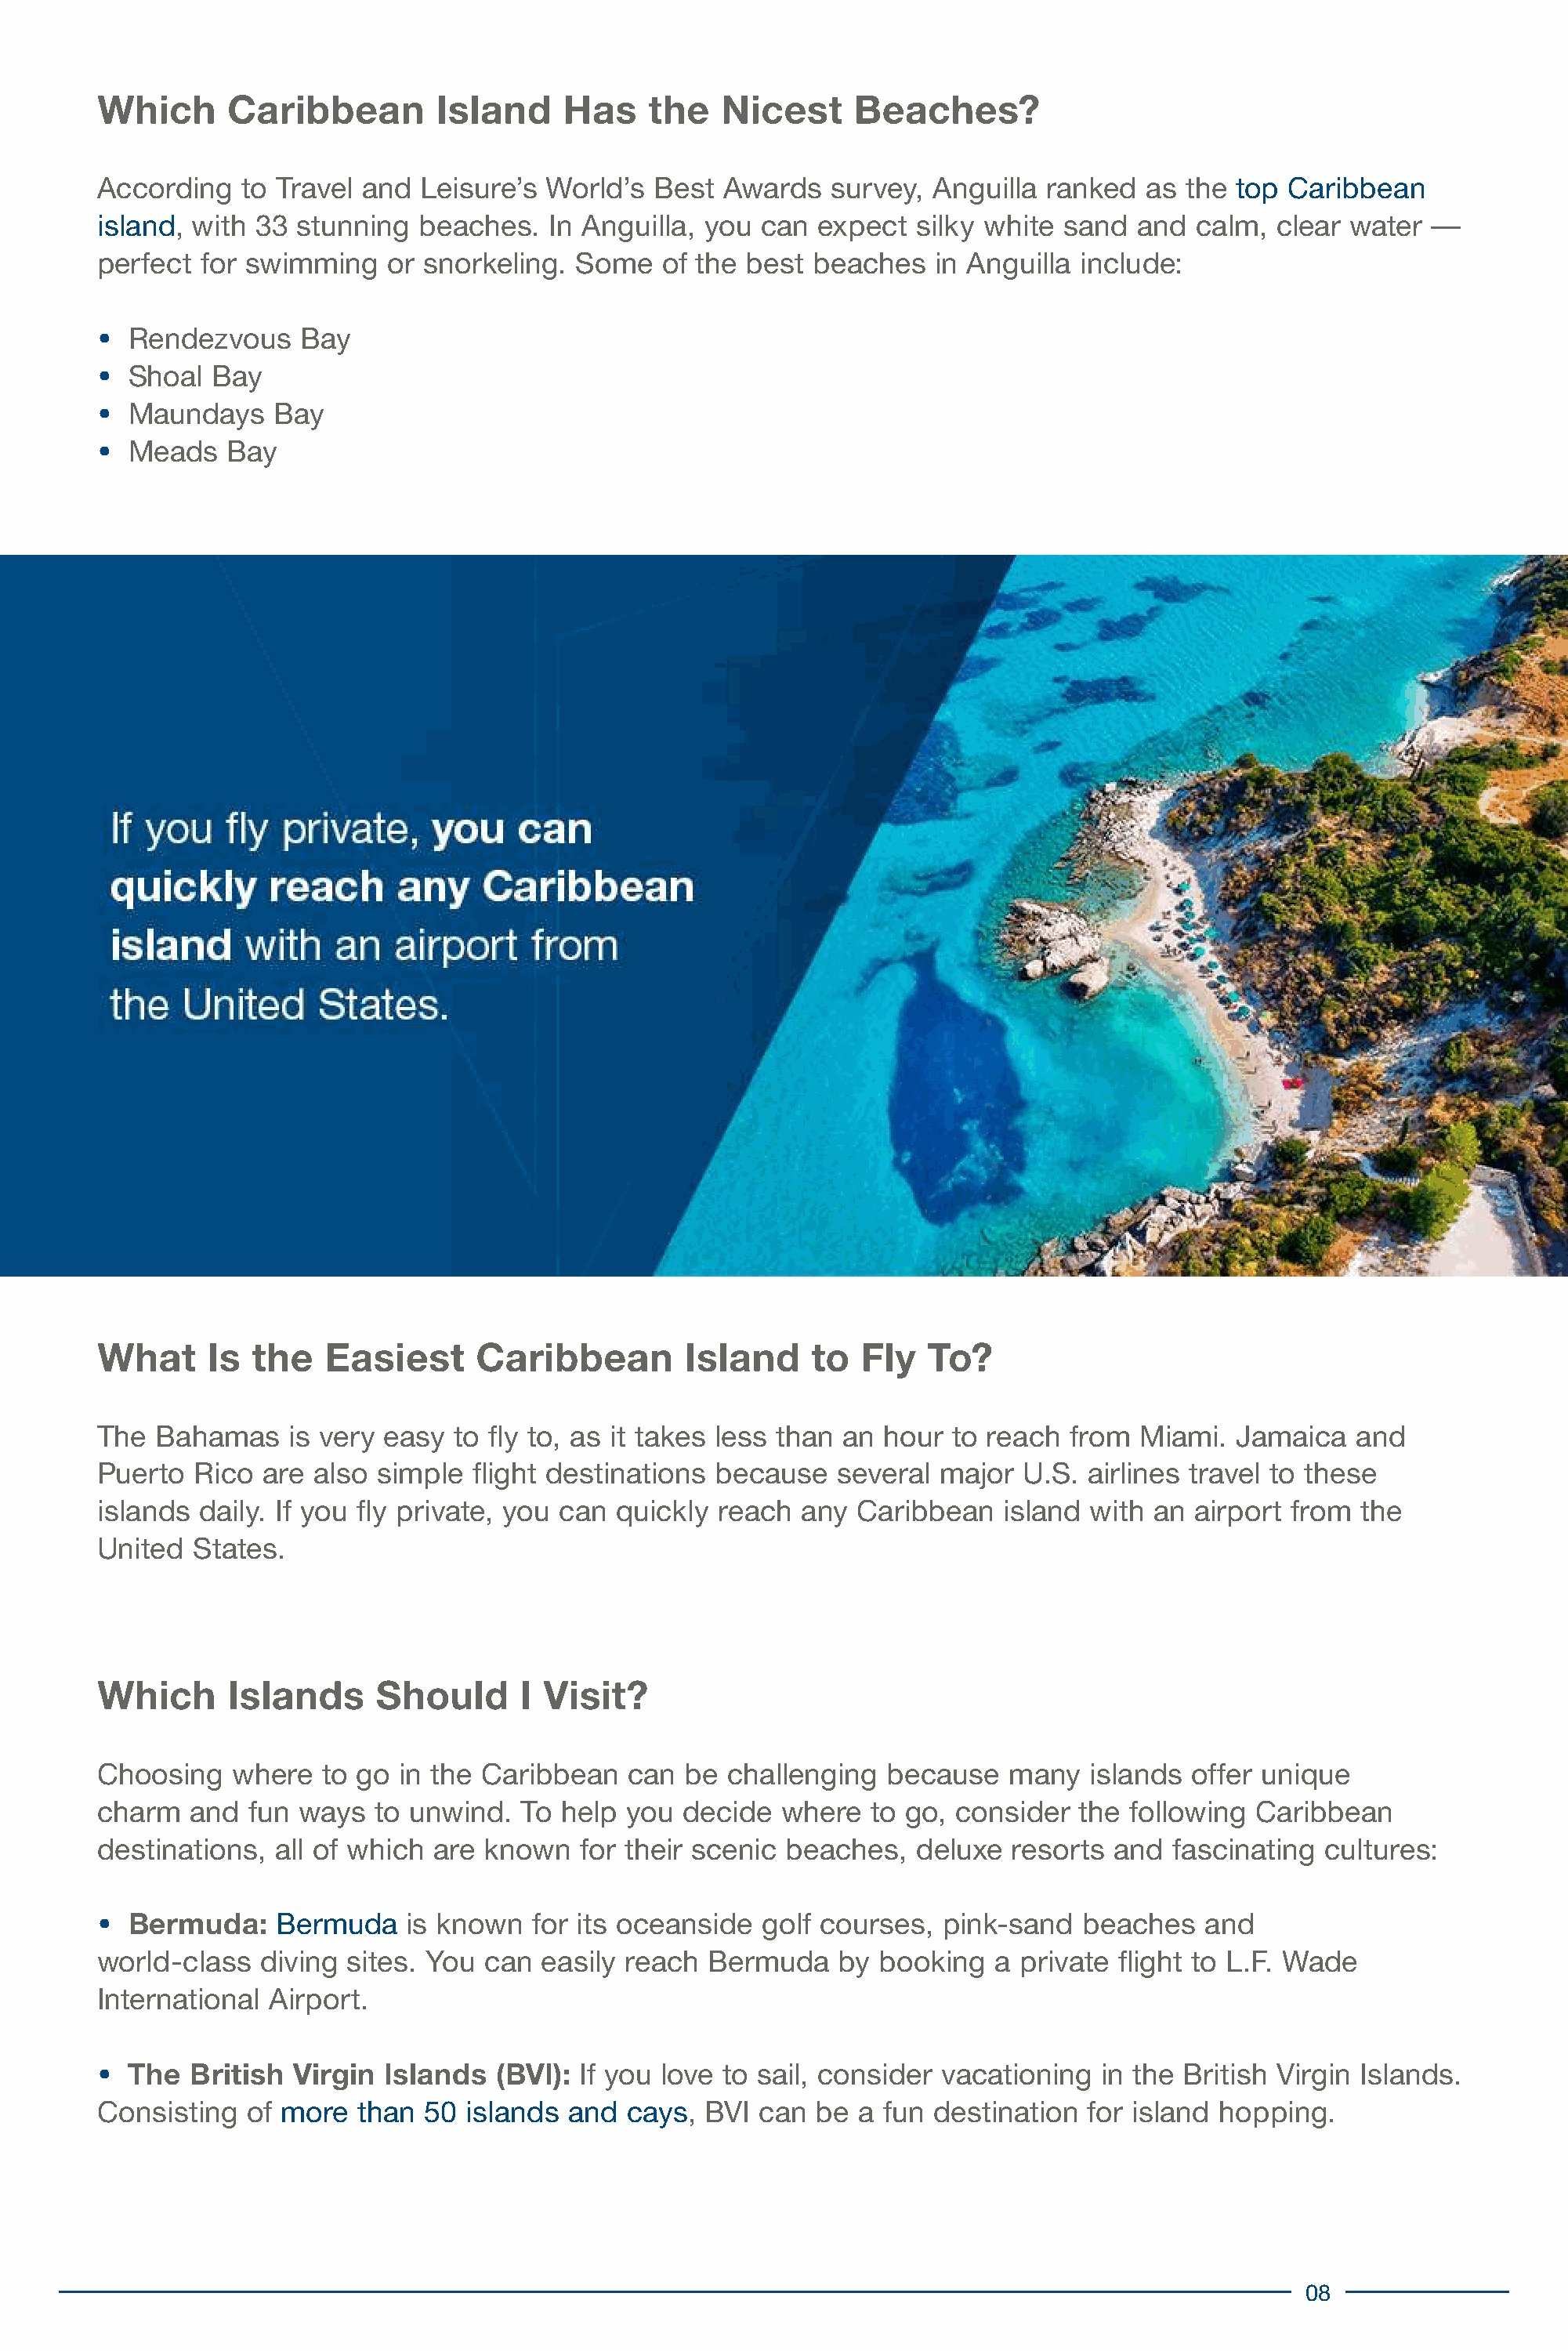
Which      Caribbean         Island     Has    the   Nicest     Beaches?
 According   to Travel  and  Leisure’s World’s  Best  Awards   survey,  Anguilla ranked   as the top  Caribbean
 island, with  33 stunning  beaches.   In Anguilla, you  can  expect  silky white  sand  and  calm,  clear water  —
 perfect  for swimming    or snorkeling.  Some   of the best  beaches   in Anguilla include:
 •
 Rendezvous    Bay
 •
 Shoal  Bay
 •
 Maundays    Bay
 •
 Meads   Bay
 What      Is the   Easiest      Caribbean         Island     to  Fly  To?
 The  Bahamas    is very easy  to fly to, as it takes less than an  hour to reach  from  Miami.  Jamaica    and
 Puerto  Rico  are also  simple  flight destinations because    several major  U.S.  airlines travel to these
 islands  daily. If you fly private, you can quickly  reach  any Caribbean    island with an  airport from  the
 United  States.
 Which      Islands      Should      I Visit?
 Choosing    where  to go  in the Caribbean   can  be challenging   because   many   islands  offer unique
 charm   and  fun ways   to unwind.  To help  you  decide  where   to go, consider  the following  Caribbean
 destinations,  all of which  are known   for their scenic beaches,   deluxe  resorts  and  fascinating  cultures:
 •  Bermuda:    Bermuda    is known   for its oceanside  golf courses,   pink-sand  beaches    and
 world-class   diving sites. You  can  easily reach  Bermuda    by booking   a private flight to L.F. Wade
 International  Airport.
 •  The  British  Virgin Islands   (BVI): If you love to sail, consider vacationing   in the British Virgin Islands.
 Consisting   of more  than  50 islands  and  cays, BVI  can  be a  fun destination  for island hopping.
 08